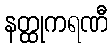
နတ္ထုကရဏီ